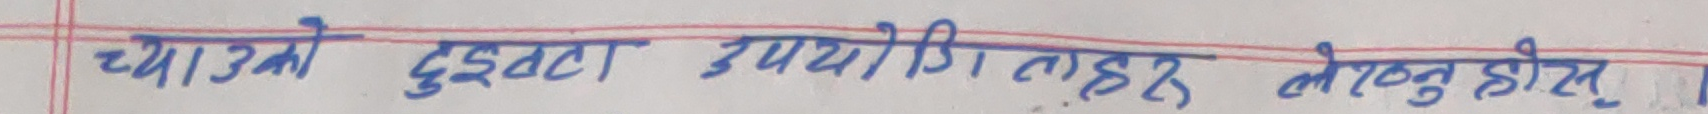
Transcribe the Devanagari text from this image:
च्याउको दुईवटा उपयोगी तहर लोकतु होइन्।